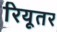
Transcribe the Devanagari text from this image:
रियूतर